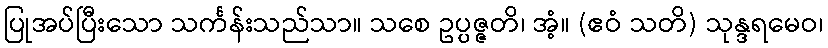
ပြုအပ်ပြီးသော သင်္ကန်းသည်သာ။ သစေ ဥပ္ပဇ္ဇတိ၊ အံ့။ (ဧဝံ သတိ) သုန္ဒရမေဝ၊